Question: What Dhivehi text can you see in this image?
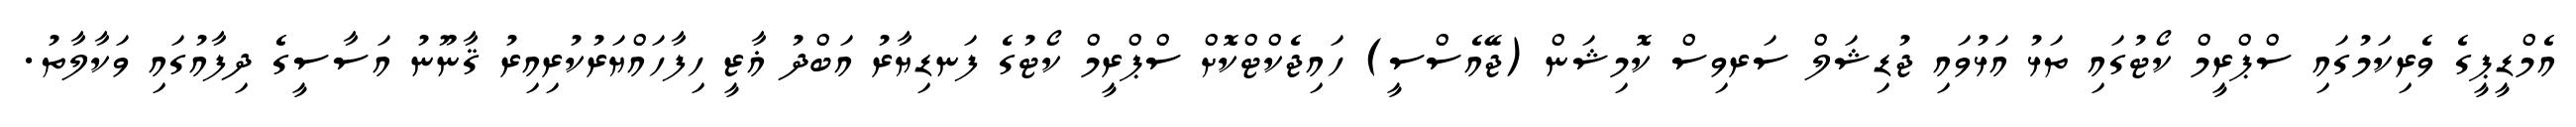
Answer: އެމްޑީޕީގެ ވެރިކަމުގައި ސްޕްރީމް ކޯޓުގައި ތަޅު އަޅުވައި ޖުޑިޝަލް ސަރވިސް ކޮމިޝަން (ޖޭއެސްސީ) ހައިޖެކްޓްކޮށް ސްޕްރީމް ކޯޓުގެ ފަނޑިޔާރު އަބްދު ޣާޒީ ހިފާހައްޔަރުކުރިއިރު ޤާނޫނު އަސާސީގެ ދިފާއުގައި ވަކާލާތު.